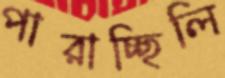
পারাচ্ছিলি